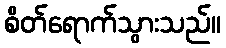
စိတ်ရောက်သွားသည်။